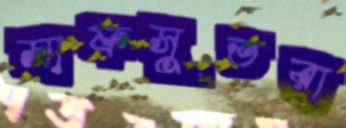
সাফসুতরা